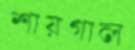
শায়গাল